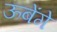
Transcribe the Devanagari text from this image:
ऊबेंगे